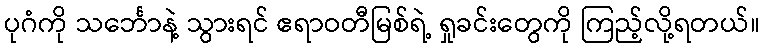
ပုဂံကို သင်္ဘောနဲ့ သွားရင် ဧရာဝတီမြစ်ရဲ့ ရှုခင်းတွေကို ကြည့်လို့ရတယ်။